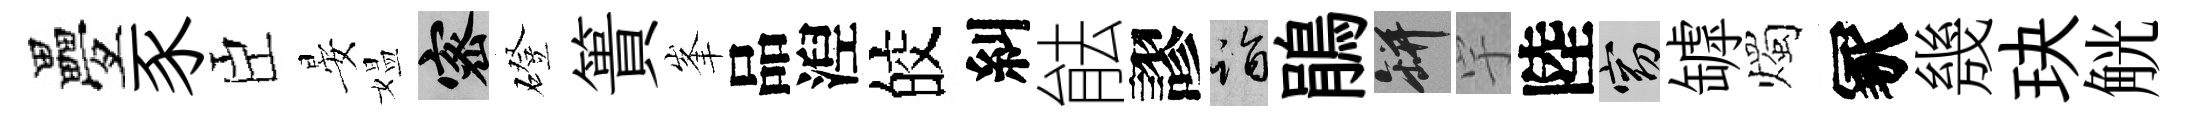
疊豕臣晏媪密磴簣峯品湼皎糾䏻謬诣鵑瓶宇陸窈罅燭冢㡬玦觥